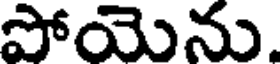
పోయెను.